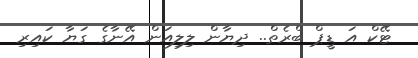
ޓޭކް އަ ޑީޕް ބްރެތް.. ދިޔާން ލިލިއަން އޭނާގެ ގަޔާ ކައިރި